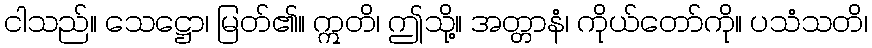
ငါသည်။ သေဋ္ဌော၊ မြတ်၏။ ဣတိ၊ ဤသို့။ အတ္တာနံ၊ ကိုယ်တော်ကို။ ပသံသတိ၊